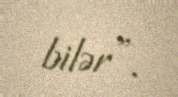
bilər”.